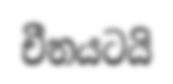
චීනයටයි